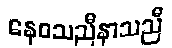
နေဝသညီနာသညီ